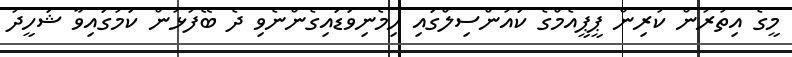
މީގެ އިތުރުން ކުރިން ޕީޕީއެމްގެ ކައުންސިލްގައި ހިމެނިވަޑައިގެންނެވި ދެ ބޭފުޅުން ކަމުގައިވާ ޝަހީދު